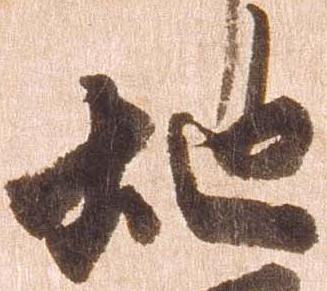
地